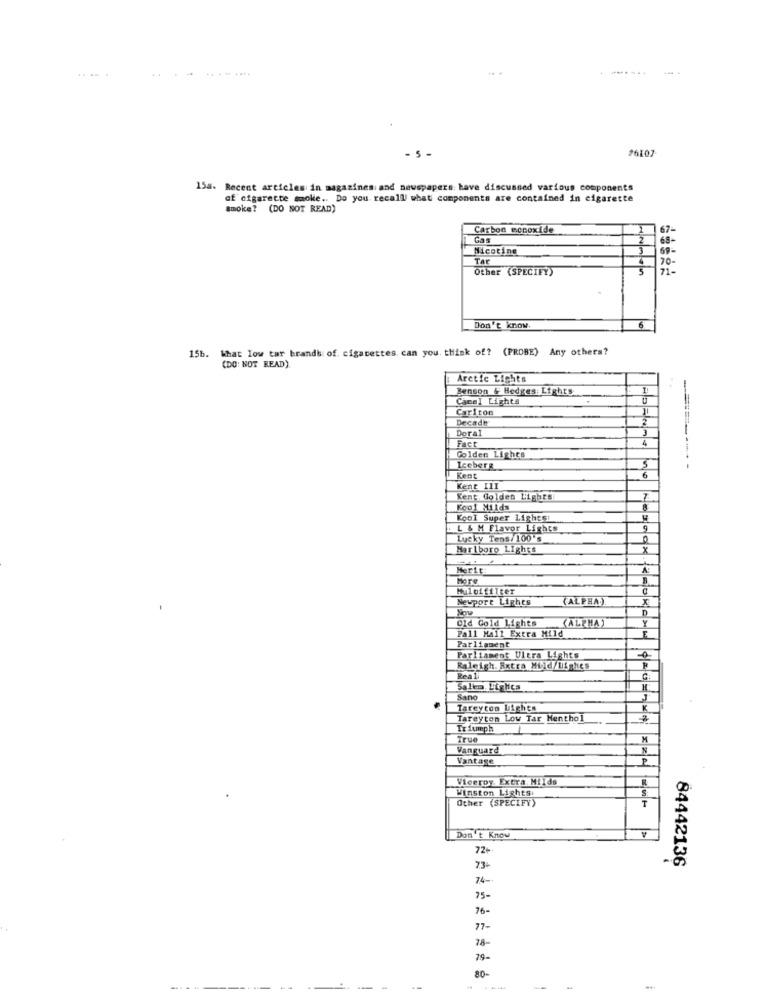
.------
--.
- 5 -
26107
15a. Recent articles in magazines: and newspapers have discussed various components
of cigarette smoke .. Do you recall/ what components are contained in cigarette
smoke? (DO NOT READ)
Carbon monoxide
67
Cas
Nicotine
Tar
Other (SPECIFY)
70-
Don't know.
15b. What low tar brands of cigarettes can you. think of? (PROBE) Any others?
(DO: NOT READ).
Arctic Lights
Benson & Hedges: Lights
1
Camel Lights
Carlton
Decade
Doral
3
Fact
4
Golden Lights
Iceberg
5
Kent
6
Kent III
Kent. Golden Lights
7
Kool Milds
8
Kool Super Lighest
L & M Flavor Lights
Lucky Tens/ 100's
Marlboro Lights
Merit:
Muluifilter
Newport Lights
(ALPHA)
x
Now
D
Old Gold Lights
(ALPHA)
Y
Pall Mall Extra Mild
E
Parliament
Parliament Ultra Lights
Raleigh. Rxtra Mild/Uighes
Salem Lights
M
Sano
J
Tareycon UighEn
K
Tareyton Low Tar Menthol
Triumph
True
M
Vanguard
Vantage
P
Viceroy Extra. Milds
Winston Lights
S
Other (SPECIFY)
T
Don't Know
72+
84442136
73+
74-
75-
76-
77-
78-
79-
80-
-